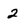
Character: 2